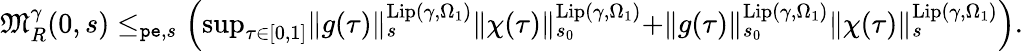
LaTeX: \begin{array}{r}{\mathfrak{M}_{R}^{\gamma}(0,s)\le_{\mathtt{pe},s}\left(\operatorname*{sup}_{\tau\in[0,1]}\rVert g(\tau)\rVert_{s}^{\mathrm{Lip}(\gamma,\Omega_{1})}\rVert\chi(\tau)\rVert_{s_{0}}^{\mathrm{Lip}(\gamma,\Omega_{1})}+\rVert g(\tau)\rVert_{s_{0}}^{\mathrm{Lip}(\gamma,\Omega_{1})}\rVert\chi(\tau)\rVert_{s}^{\mathrm{Lip}(\gamma,\Omega_{1})}\right).}\end{array}